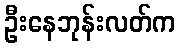
ဦးနေဘုန်းလတ်က